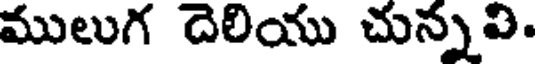
ములుగ దెలియు చున్నవి.